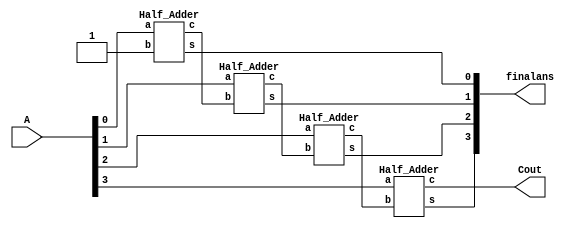
module Incrementer_4bit(A,Cout,finalans);

	input [3:0] A;
	output Cout;
	output [3:0]finalans;
	wire c1,c2,c3;
	
	Half_Adder ha0(A[0],1'b1,finalans[0],c1);
	Half_Adder ha1(A[1],c1,finalans[1],c2);
	Half_Adder ha2(A[2],c2,finalans[2],c3);
	Half_Adder ha3(A[3],c3,finalans[3],Cout);
	
endmodule

module Half_Adder(a,b,s,c);
	input a,b;
	output s,c;
	
	xorg g1(s,a,b);
	andg g2(c,a,b);
endmodule

module xorg(output ans,input a,b);

	wire w1,w2,w3;
	nand t1(w1,a,b);
	nand t2(w2,a,w1);
	nand t3(w3,b,w1);
	nand t4(ans,w2,w3);
	
endmodule 

module andg(output ans,input a,b);

	wire w1;
	nand h1(w1,a,b);
	nand h2(ans,w1,w1);

endmodule